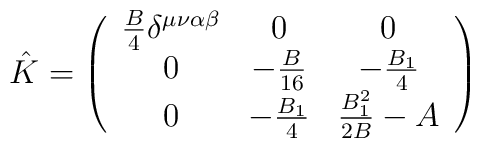
\hat{K}=\left(\begin{array}{ccc}              \frac{B}{4} \delta^{\mu \nu \alpha \beta} & 0 & 0\\              0 & -\frac{B}{16} & -\frac{B_1}{4} \\              0 & -\frac{B_1}{4} & \frac{B_1^2}{2B} -A\end{array}\right)